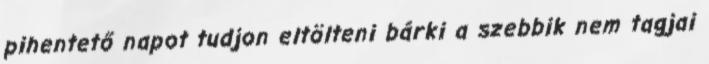
pihentető napot tudjon eltölteni bárki a szebbik nem tagjai